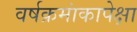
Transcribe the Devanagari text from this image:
वर्षक्रमांकापेक्षा